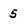
Character: 5